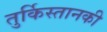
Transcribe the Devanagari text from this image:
तुर्किस्तानकी